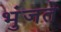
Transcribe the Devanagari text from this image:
भुंजते